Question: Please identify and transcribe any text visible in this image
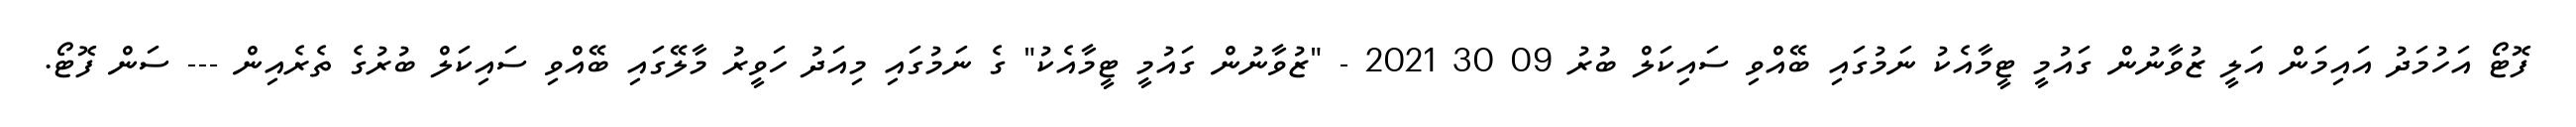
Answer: ފޮޓޯ އަހުމަދު އައިމަން އަލީ ޒުވާނުން ގައުމީ ޓީމާއެކު ނަމުގައި ބޭއްވި ސައިކަލް ބުރު 09 30 2021 - "ޒުވާނުން ގައުމީ ޓީމާއެކު" ގެ ނަމުގައި މިއަދު ހަވީރު މާލޭގައި ބޭއްވި ސައިކަލް ބުރުގެ ތެރެއިން --- ސަން ފޮޓޯ.